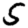
Digit: 5